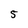
Character: 5